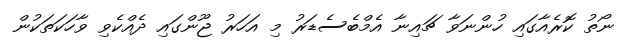
ނޯތު ކޮރެއާގައި ހުންނަވާ ޗައިނާ އެމްބެސެޑަރު މި އަހަރު ޖޫންގައި ދެއްކެވި ވާހަކަތަކުން